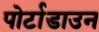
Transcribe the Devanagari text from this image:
पोर्टाडाउन